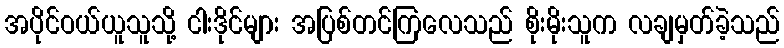
အပိုင်ဝယ်ယူသူသို့ ငါးဒိုင်များ အပြစ်တင်ကြလေသည် စိုးမိုးသူက လချမှတ်ခဲ့သည်